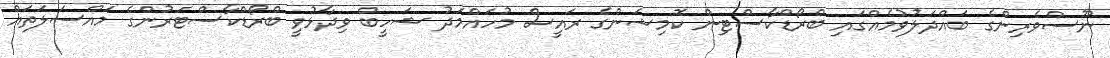
ނޫސްވެރިންގެ ބައްދަލުވުމެއްގައި ބްރޯޑްކާސްޓިން ކޮމިޝަންގެ ރައީސް މުހައްމަދު ޝަހީބް ވިދާޅުވީ ބްރޯޑްކާސްޓަރުންގެ މައްސަލަތައް